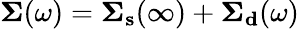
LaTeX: \begin{array}{r}{\mathbf{\Sigma}(\omega)=\mathbf{\Sigma_{s}}(\infty)+\mathbf{\Sigma_{d}}(\omega)}\end{array}